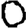
Digit: 0